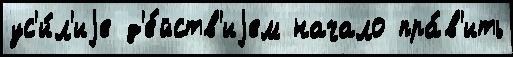
ус'и́л'иjе д'е́йств'иjем начало пра́в'ить